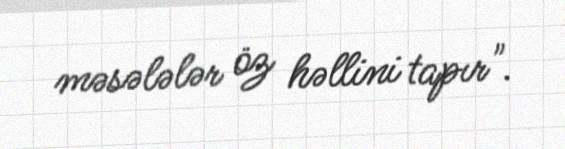
məsələlər öz həllini tapır".